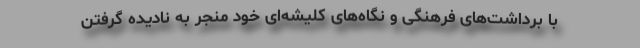
با برداشت‌های فرهنگی و نگاه‌های کلیشه‌ای خود منجر به نادیده گرفتن